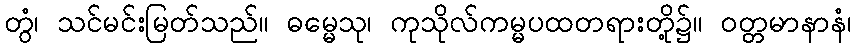
တွံ၊ သင်မင်းမြတ်သည်။ ဓမ္မေသု၊ ကုသိုလ်ကမ္မပထတရားတို့၌။ ဝတ္တမာနာနံ၊